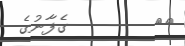
٥٩        ގެފާނުގެ